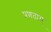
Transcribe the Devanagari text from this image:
प्रणताम्